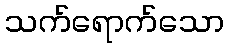
သက်ရောက်သော